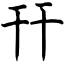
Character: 幵